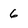
Character: 6